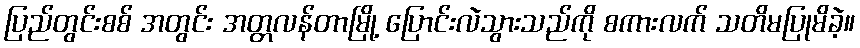
ပြည်တွင်းစစ် အတွင်း အတ္တလန်တာမြို့ ပြောင်းလဲသွားသည်ကို စကားလက် သတိမပြုမိခဲ့။